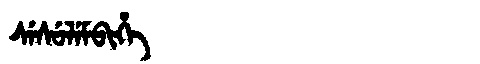
Manchu: ᠰᡝᠰᡠᠯᡝᠮᠪᡳᡥᡝ
Romanization: SESULEMBIHE